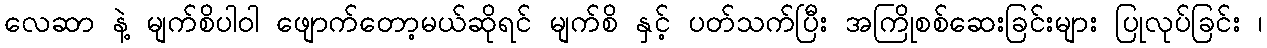
လေဆာ နဲ့ မျက်စိပါဝါ ဖျောက်တော့မယ်ဆိုရင် မျက်စိ နှင့် ပတ်သက်ပြီး အကြိုစစ်ဆေးခြင်းများ ပြုလုပ်ခြင်း ၊